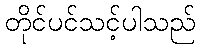
တိုင်ပင်သင့်ပါသည်